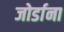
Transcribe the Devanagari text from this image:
जोर्डाना